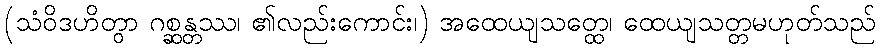
(သံဝိဒဟိတွာ ဂစ္ဆန္တဿ၊ ၏လည်းကောင်း၊) အထေယျသတ္ထေ၊ ထေယျသတ္တမဟုတ်သည်